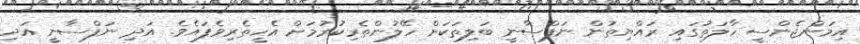
އިމަންޖެންސީ ހާލަތުގައި ރައްޔިތުން ނަފްސާނީ ބަލިތަކަށް ހޭލުންތެރިކުރުމަށް އެހީތެރިވެފައެވެ. އަދި ނަފްސާނީ އަދި